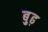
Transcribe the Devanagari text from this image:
बु़ढ़